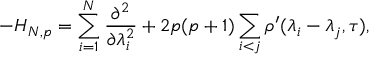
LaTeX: - H _ { N , p } = \sum _ { i = 1 } ^ { N } \frac { \partial ^ { 2 } } { \partial \lambda _ { i } ^ { 2 } } + 2 p ( p + 1 ) \sum _ { i < j } \rho ^ { \prime } ( \lambda _ { i } - \lambda _ { j } , \tau ) ,